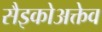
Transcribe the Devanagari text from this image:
सैइकोअक्तेव